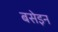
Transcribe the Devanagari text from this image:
बसेइन